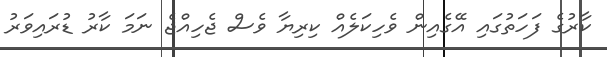
ކާރުގެ ފަހަތުގައި އޭގެއިން ވެހިކަލެއް ކިރިޔާ ވެސް ޖެހިއްޖެ ނަމަ ކާރު ޑުރައިވަރު